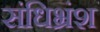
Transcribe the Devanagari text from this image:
संधिभ्रंश